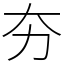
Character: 夯